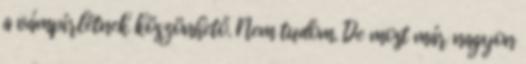
a vámpírlétnek köszönhető. Nem tudom. De most már nagyon